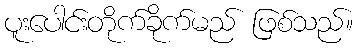
ပူးပေါင်းတိုက်ခိုက်မည် ဖြစ်သည်။